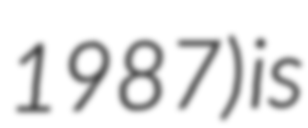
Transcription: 1987) is